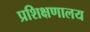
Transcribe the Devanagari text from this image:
प्रशिक्षणालय